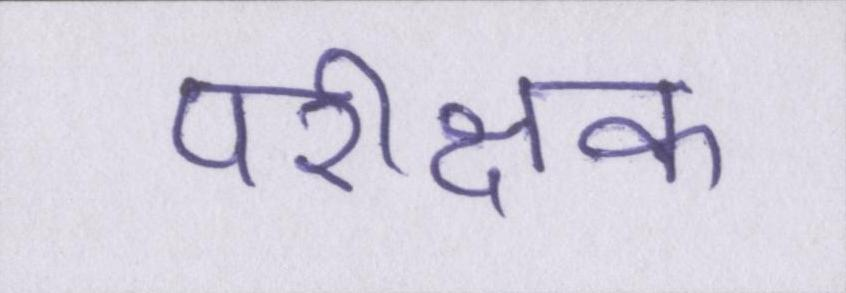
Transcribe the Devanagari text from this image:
परीक्षक